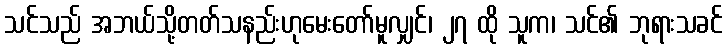
သင်သည် အဘယ်သို့တတ်သနည်းဟုမေးတော်မူလျှင်၊ ၂၇ ထို သူက၊ သင်၏ ဘုရားသခင်